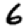
Digit: 6